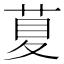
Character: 𦱛